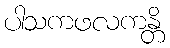
ပါသကဖလကန္တိ